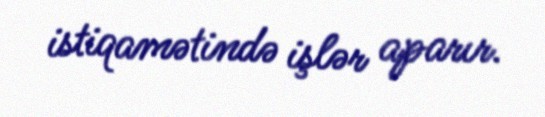
istiqamətində işlər aparır.